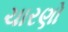
ચારણો